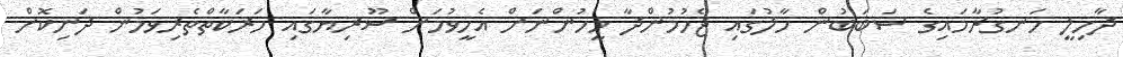
ދާހިލީ ހަނގުރާމައިގެ ސަބަބުން ހާލުގައި ޖެހުމުންދާ މީހުންނަށް އެހީވުމަށް ސޫރިޔާގައި ހަރަކާތްތެރިވަމުން ދަނިކޮށް